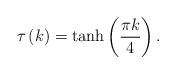
LaTeX: \begin{align*}\tau\left( k\right) =\tanh\left( \frac{\pi k}{4}\right) . \end{align*}